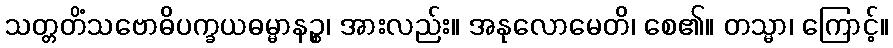
သတ္တတိံသဗောဓိပက္ခယဓမ္မာနဉ္စ၊ အားလည်း။ အနုလောမေတိ၊ စေ၏။ တသ္မာ၊ ကြောင့်။